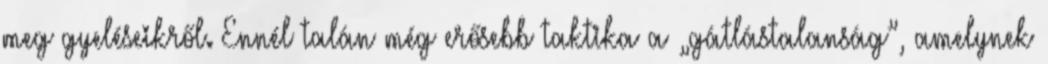
megﬁgyeléseikről. Ennél talán még erősebb taktika a „gátlástalanság”, amelynek